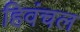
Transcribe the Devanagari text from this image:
हिवंचल